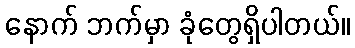
နောက် ဘက်မှာ ခုံတွေရှိပါတယ်။